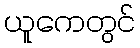
ယူကေတွင်